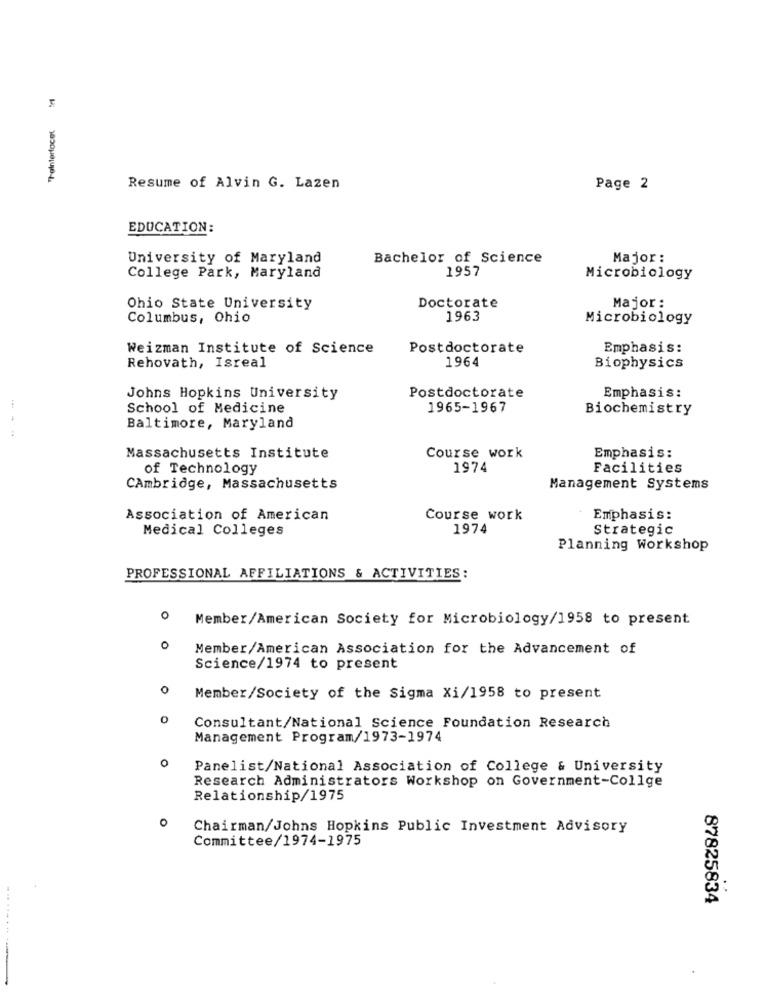
"T-ainterface( M/
Resume of Alvin G. Lazen
Page 2
EDUCATION:
University of Maryland
Bachelor of Science
Major :
1957
College Park, Maryland
Microbiology
Ohio State University
Doctorate
Major :
Columbus, Ohio
1963
Microbiology
Weizman Institute of Science
Postdoctorate
Emphasis:
1964
Rehovath, Isreal
Biophysics
Johns Hopkins University
Postdoctorate
Emphasis:
School of Medicine
1965-1967
Biochemistry
Baltimore, Maryland
Course work
Massachusetts Institute
Emphasis:
of Technology
1974
Facilities
Cambridge, Massachusetts
Management Systems
Association of American
Course work
Emphasis:
Medical Colleges
1974
Strategic
Planning Workshop
PROFESSIONAL AFFILIATIONS & ACTIVITIES:
0
Member/American Society for Microbiology/1958 to present
0
Member/American Association for the Advancement of
Science/1974 to present
0
Member/Society of the Sigma Xi/1958 to present
Consultant/National Science Foundation Research
Management Program/1973-1974
0
Panelist/National Association of College & University
Research Administrators Workshop on Government-Collge
Relationship/1975
O
Chairman/Johns Hopkins Public Investment Advisory
Committee/1974-1975
87825834